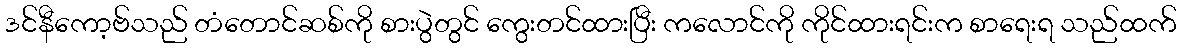
ဒင်နီကော့ဗ်သည် တံတောင်ဆစ်ကို စားပွဲတွင် ကွေးတင်ထားပြီး ကလောင်ကို ကိုင်ထားရင်းက စာရေးရ သည်ထက်